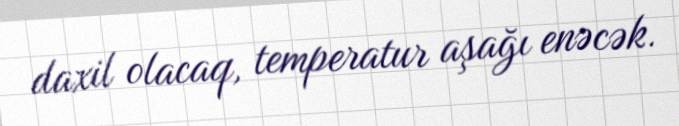
daxil olacaq, temperatur aşağı enəcək.